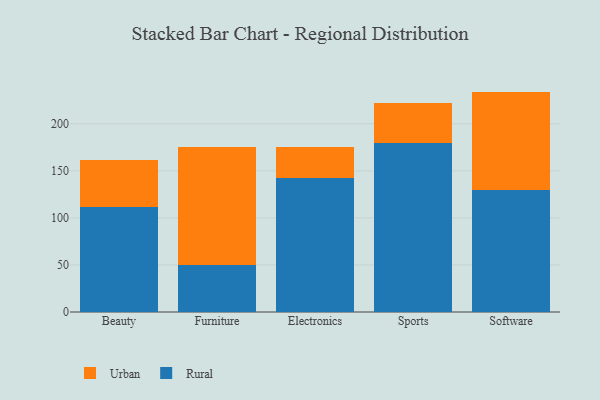
{"axis": {"x": "Category", "y": "Operating Costs (USD K)"}, "legend": ["Rural", "Urban"], "data": [{"x": "Beauty", "y": 111.7, "type": "Rural"}, {"x": "Beauty", "y": 49.3, "type": "Urban"}, {"x": "Furniture", "y": 50.2, "type": "Rural"}, {"x": "Furniture", "y": 125.3, "type": "Urban"}, {"x": "Electronics", "y": 141.9, "type": "Rural"}, {"x": "Electronics", "y": 33.5, "type": "Urban"}, {"x": "Sports", "y": 179.6, "type": "Rural"}, {"x": "Sports", "y": 42.1, "type": "Urban"}, {"x": "Software", "y": 129.8, "type": "Rural"}, {"x": "Software", "y": 104.4, "type": "Urban"}]}